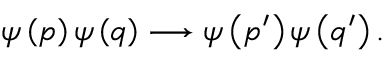
\psi \left( p \right) \psi \left( q \right) \longrightarrow \psi \left( p ^ { \prime } \right) \psi \left( q ^ { \prime } \right) .